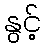
နွင့်